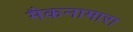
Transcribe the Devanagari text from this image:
मैकनामारा